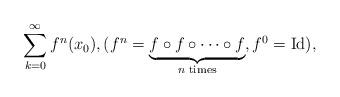
LaTeX: \begin{align*} \sum_{k=0}^{\infty} f^n(x_0), (f^n=\underbrace{f \circ f \circ \cdots \circ f}_{\textrm{$n$ times}}, f^0=\operatorname{Id}),\end{align*}